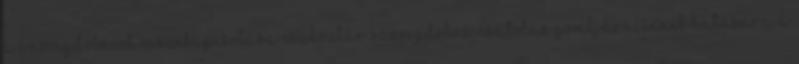
a Szövegdobozok összekapcsolása eszköztár Szövegdoboz-csatolás gombjára. Ennek hatására a